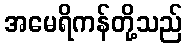
အမေရိကန်တို့သည်